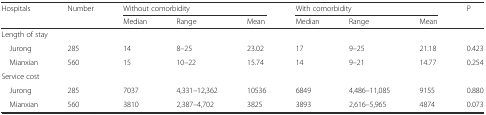
| <ROWSPAN=2> Hospitals | <ROWSPAN=2> Number | <COLSPAN=3> Without comorbidity | <COLSPAN=3> With comorbidity | <ROWSPAN=2> P |
 | Median | Range | Mean | Median | Range | Mean |
 | --- | --- | --- | --- | --- | --- | --- | --- | --- |
 | <COLSPAN=9> Length of stay |
 | Jurong | 285 | 14 | 8–25 | 23.02 | 17 | 9–25 | 21.18 | 0.423 |
 | Mianxian | 560 | 15 | 10–22 | 15.74 | 14 | 9–21 | 14.77 | 0.254 |
 | <COLSPAN=9> Service cost |
 | Jurong | 285 | 7037 | 4,331–12,362 | 10536 | 6849 | 4,486–11,085 | 9155 | 0.880 |
 | Mianxian | 560 | 3810 | 2,387–4,702 | 3825 | 3893 | 2,616–5,965 | 4874 | 0.073 |